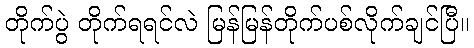
တိုက်ပွဲ တိုက်ရရင်လဲ မြန်မြန်တိုက်ပစ်လိုက်ချင်ပြီ။